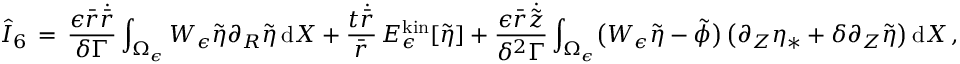
\hat { I } _ { 6 } \, = \, \frac { \epsilon \bar { r } \dot { \bar { r } } } { \delta \Gamma } \int _ { \Omega _ { \epsilon } } W _ { \epsilon } \tilde { \eta } \partial _ { R } \tilde { \eta } \, \mathrm { d } X + \frac { t \dot { \bar { r } } } { \bar { r } } \, E _ { \epsilon } ^ { \mathrm { k i n } } [ \tilde { \eta } ] + \frac { \epsilon \bar { r } \dot { \tilde { z } } } { \delta ^ { 2 } \Gamma } \int _ { \Omega _ { \epsilon } } \bigl ( W _ { \epsilon } \tilde { \eta } - \tilde { \phi } \bigr ) \, \bigl ( \partial _ { Z } \eta _ { * } + \delta \partial _ { Z } \tilde { \eta } \bigr ) \, \mathrm { d } X \, ,